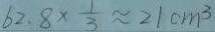
6 2 . 8 \times \frac { 1 } { 3 } \approx 2 1 c m ^ { 3 }